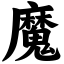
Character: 魔